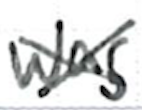
Text: was
Cross-out: cross
Writing tool: ballpoint